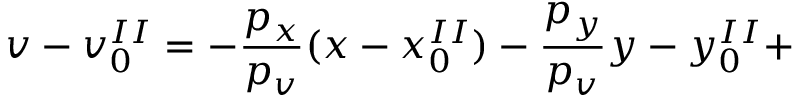
v - v _ { 0 } ^ { I I } = - \frac { p _ { x } } { p _ { v } } ( x - x _ { 0 } ^ { I I } ) - \frac { p _ { y } } { p _ { v } } y - y _ { 0 } ^ { I I } +